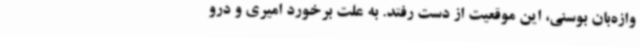
وازه‌بان بوسنی، این موقعیت از دست رفتد. به علت برخورد امیری و درو